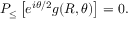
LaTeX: { \cal P } _ { \leq } \left[ e ^ { i \theta / 2 } g ( R , \theta ) \right] = 0 .